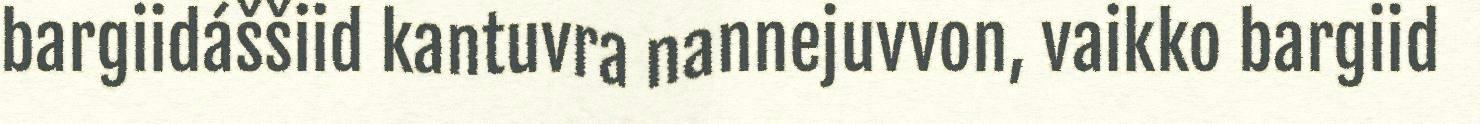
bargiidáššiid kantuvra nannejuvvon, vaikko bargiid